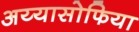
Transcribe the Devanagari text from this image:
अय्यासोफिया